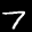
Label: 7